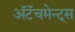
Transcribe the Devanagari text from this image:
अॅटॅचमेन्ट्‌स